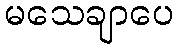
မသေချာပေ